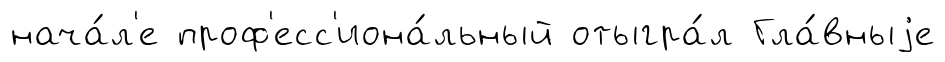
нача́л'е проф'есс'иона́льный отыгра́л Гла́вныjе